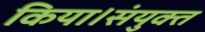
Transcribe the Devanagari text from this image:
किया।संयुक्त